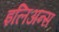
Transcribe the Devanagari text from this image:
इलिअन्स